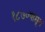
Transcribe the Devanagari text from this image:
१८७०पासून